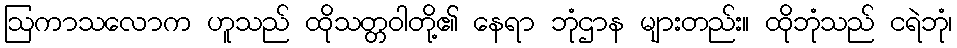
ဩကာသလောက ဟူသည် ထိုသတ္တဝါတို့၏ နေရာ ဘုံဌာန များတည်း။ ထိုဘုံသည် ငရဲဘုံ၊